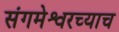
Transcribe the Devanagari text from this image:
संगमेश्वरच्याच